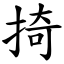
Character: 掎